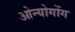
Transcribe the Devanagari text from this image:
ओन्योगोंग